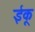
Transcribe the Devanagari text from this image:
ईकू